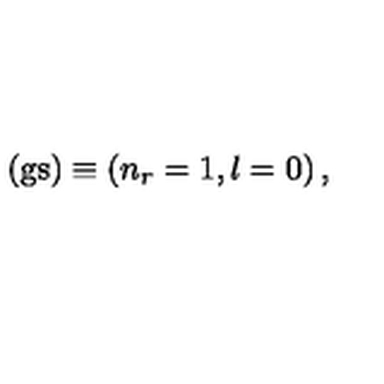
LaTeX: ( \mathrm { g s } ) \equiv \left( n _ { r } = 1 , l = 0 \right) ,